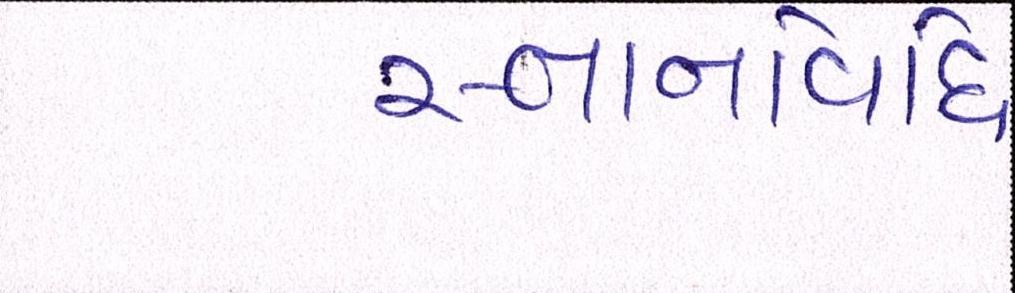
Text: સ્નાનવિધિ